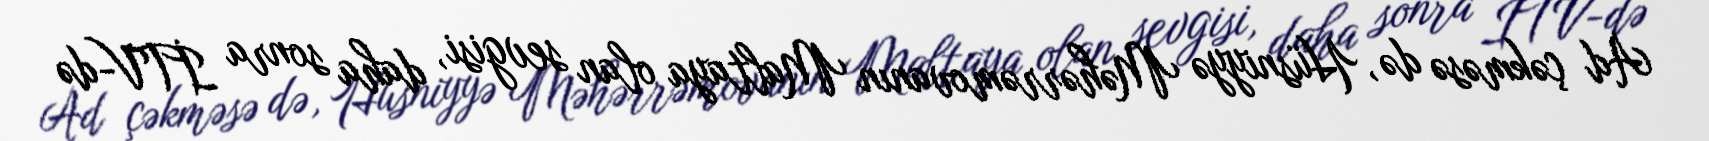
Ad çəkməsə də, Hüsniyyə Məhərrəmovanın Maltaya olan sevgisi, daha sonra İTV-də